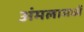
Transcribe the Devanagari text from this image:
अंमलामध्यें